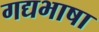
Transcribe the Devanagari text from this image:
गद्यभाषा